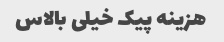
هزینه پیک خیلی بالاس